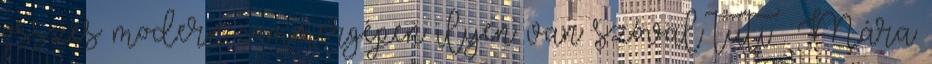
összes modern commergépen ilyen van szóval tuti . Mára